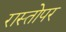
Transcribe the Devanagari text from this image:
रास्तोपर